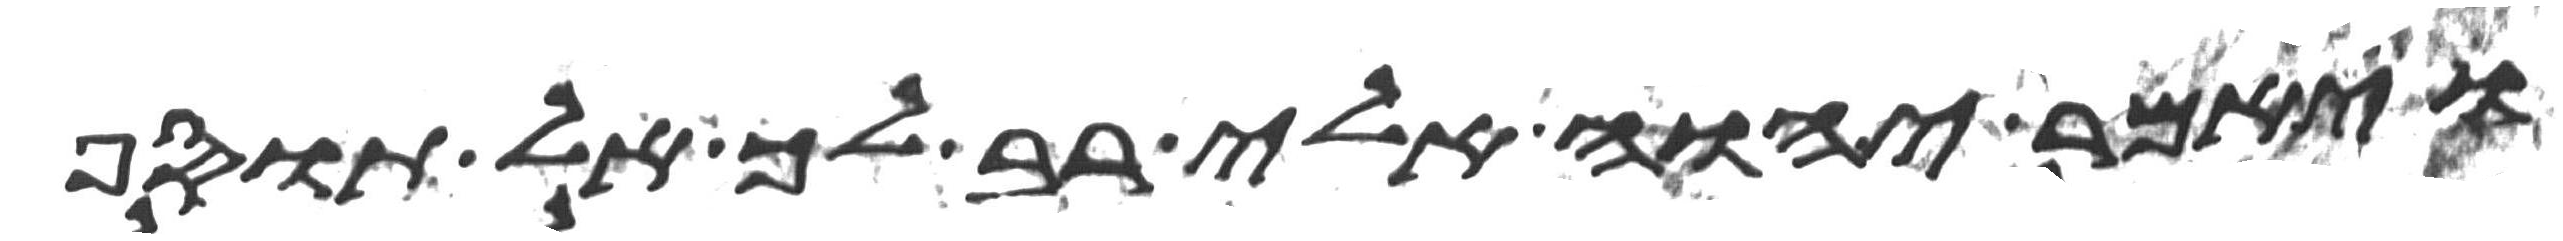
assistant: ויאמר יהוה אלי רב לך אל תוסף